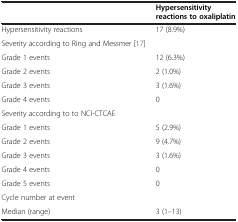
|  | Hypersensitivity reactions to oxaliplatin |
 | --- | --- |
 | Hypersensitivity reactions | 17 (8.9%) |
 | Severity according to Ring and Messmer[17] |  |
 | Grade 1 events | 12 (6.3%) |
 | Grade 2 events | 2 (1.0%) |
 | Grade 3 events | 3 (1.6%) |
 | Grade 4 events | 0 |
 | Severity according to to NCI-CTCAE |  |
 | Grade 1 events | 5 (2.9%) |
 | Grade 2 events | 9 (4.7%) |
 | Grade 3 events | 3 (1.6%) |
 | Grade 4 events | 0 |
 | Grade 5 events | 0 |
 | Cycle number at event |  |
 | Median (range) | 3 (1–13) |